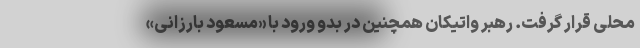
محلی قرار گرفت. رهبر واتیکان همچنین در بدو ورود با «مسعود بارزانی»